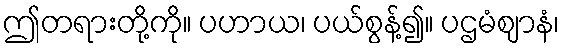
ဤတရားတို့ကို။ ပဟာယ၊ ပယ်စွန့်၍။ ပဌမံဈာနံ၊